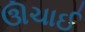
ઊચાઈ